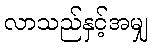
လာသည်နှင့်အမျှ